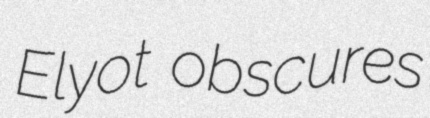
Elyot obscures